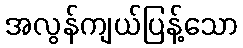
အလွန်ကျယ်ပြန့်သော